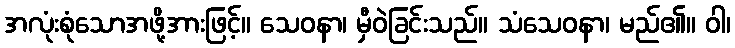
အလုံးစုံသောအဖို့အားဖြင့်။ သေဝနာ၊ မှီဝဲခြင်းသည်။ သံသေဝနာ၊ မည်၏။ ဝါ၊